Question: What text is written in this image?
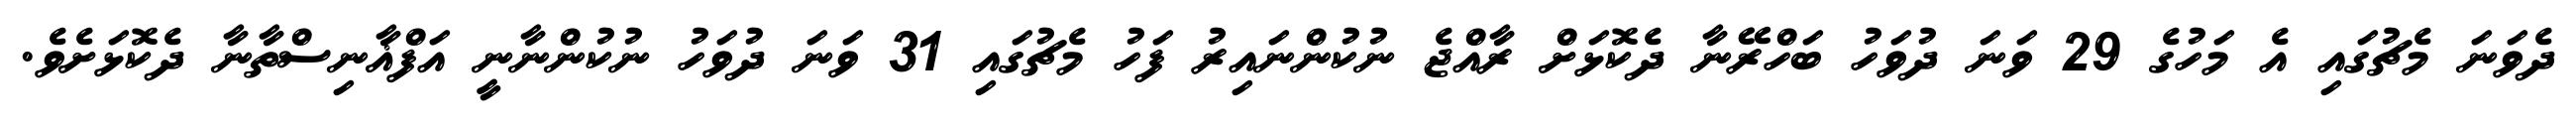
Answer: ދެވަނަ މެޗުގައި އެ މަހުގެ 29 ވަނަ ދުވަހު ބަހްރޭނާ ދެކޮޅަށް ރާއްޖެ ނުކުންނައިރު ފަހު މެޗުގައި 31 ވަނަ ދުވަހު ނުކުންނާނީ އަފްޣާނިސްތާނާ ދެކޮޅަށެވެ.